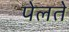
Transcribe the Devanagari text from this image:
पेलते